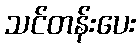
သင်တန်းပေး